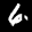
Label: 6